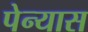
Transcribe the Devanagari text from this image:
पेन्यास